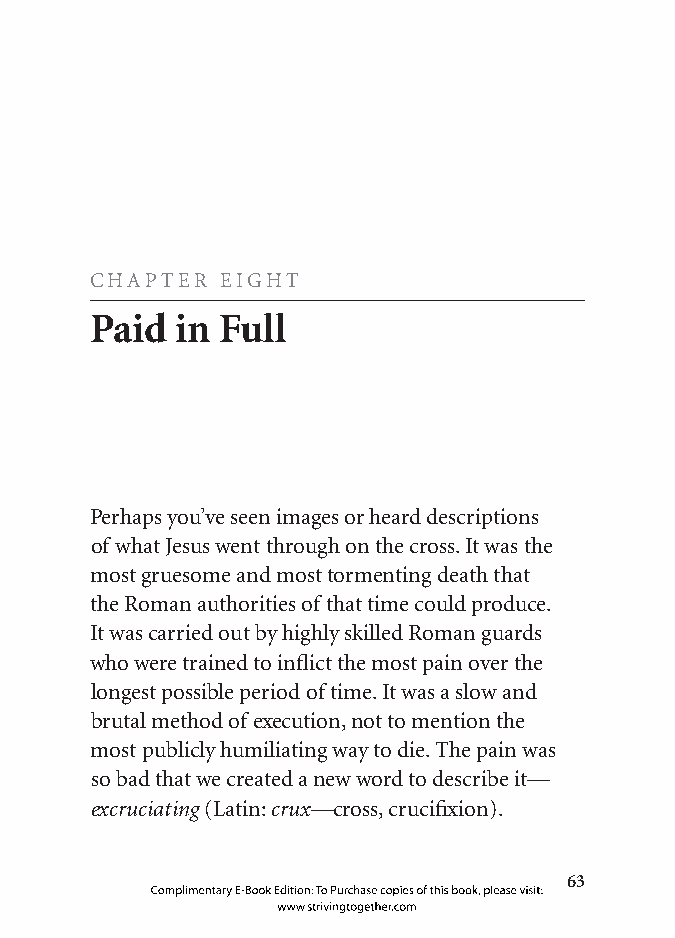
CHAPTER  EIGHT
 Paid  in Full
 Perhaps you’ve seen images or heard descriptions
 of what Jesus went through on the cross. It was the
 most gruesome and most tormenting death that
 the Roman authorities of that time could produce.
 It was carried out by highly skilled Roman guards
 who were trained to inflict the most pain over the
 longest possible period of time. It was a slow and
 brutal method of execution, not to mention the
 most publicly humiliating way to die. The pain was
 so bad that we created a new word to describe it—
 excruciating (Latin: crux—cross, crucifixion).
 
 Complimentary E-Book Edition: To Purchase copies of this book, please visit:
 www.strivingtogether.com